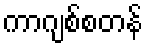
ကာဂျစ်စတန်